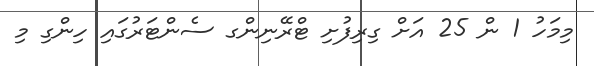
މިމަހު 1 ން 25 އަށް ގިރިފުށި ޓްރޭނިންގ ސެންޓަރުގައި ހިންގި މި